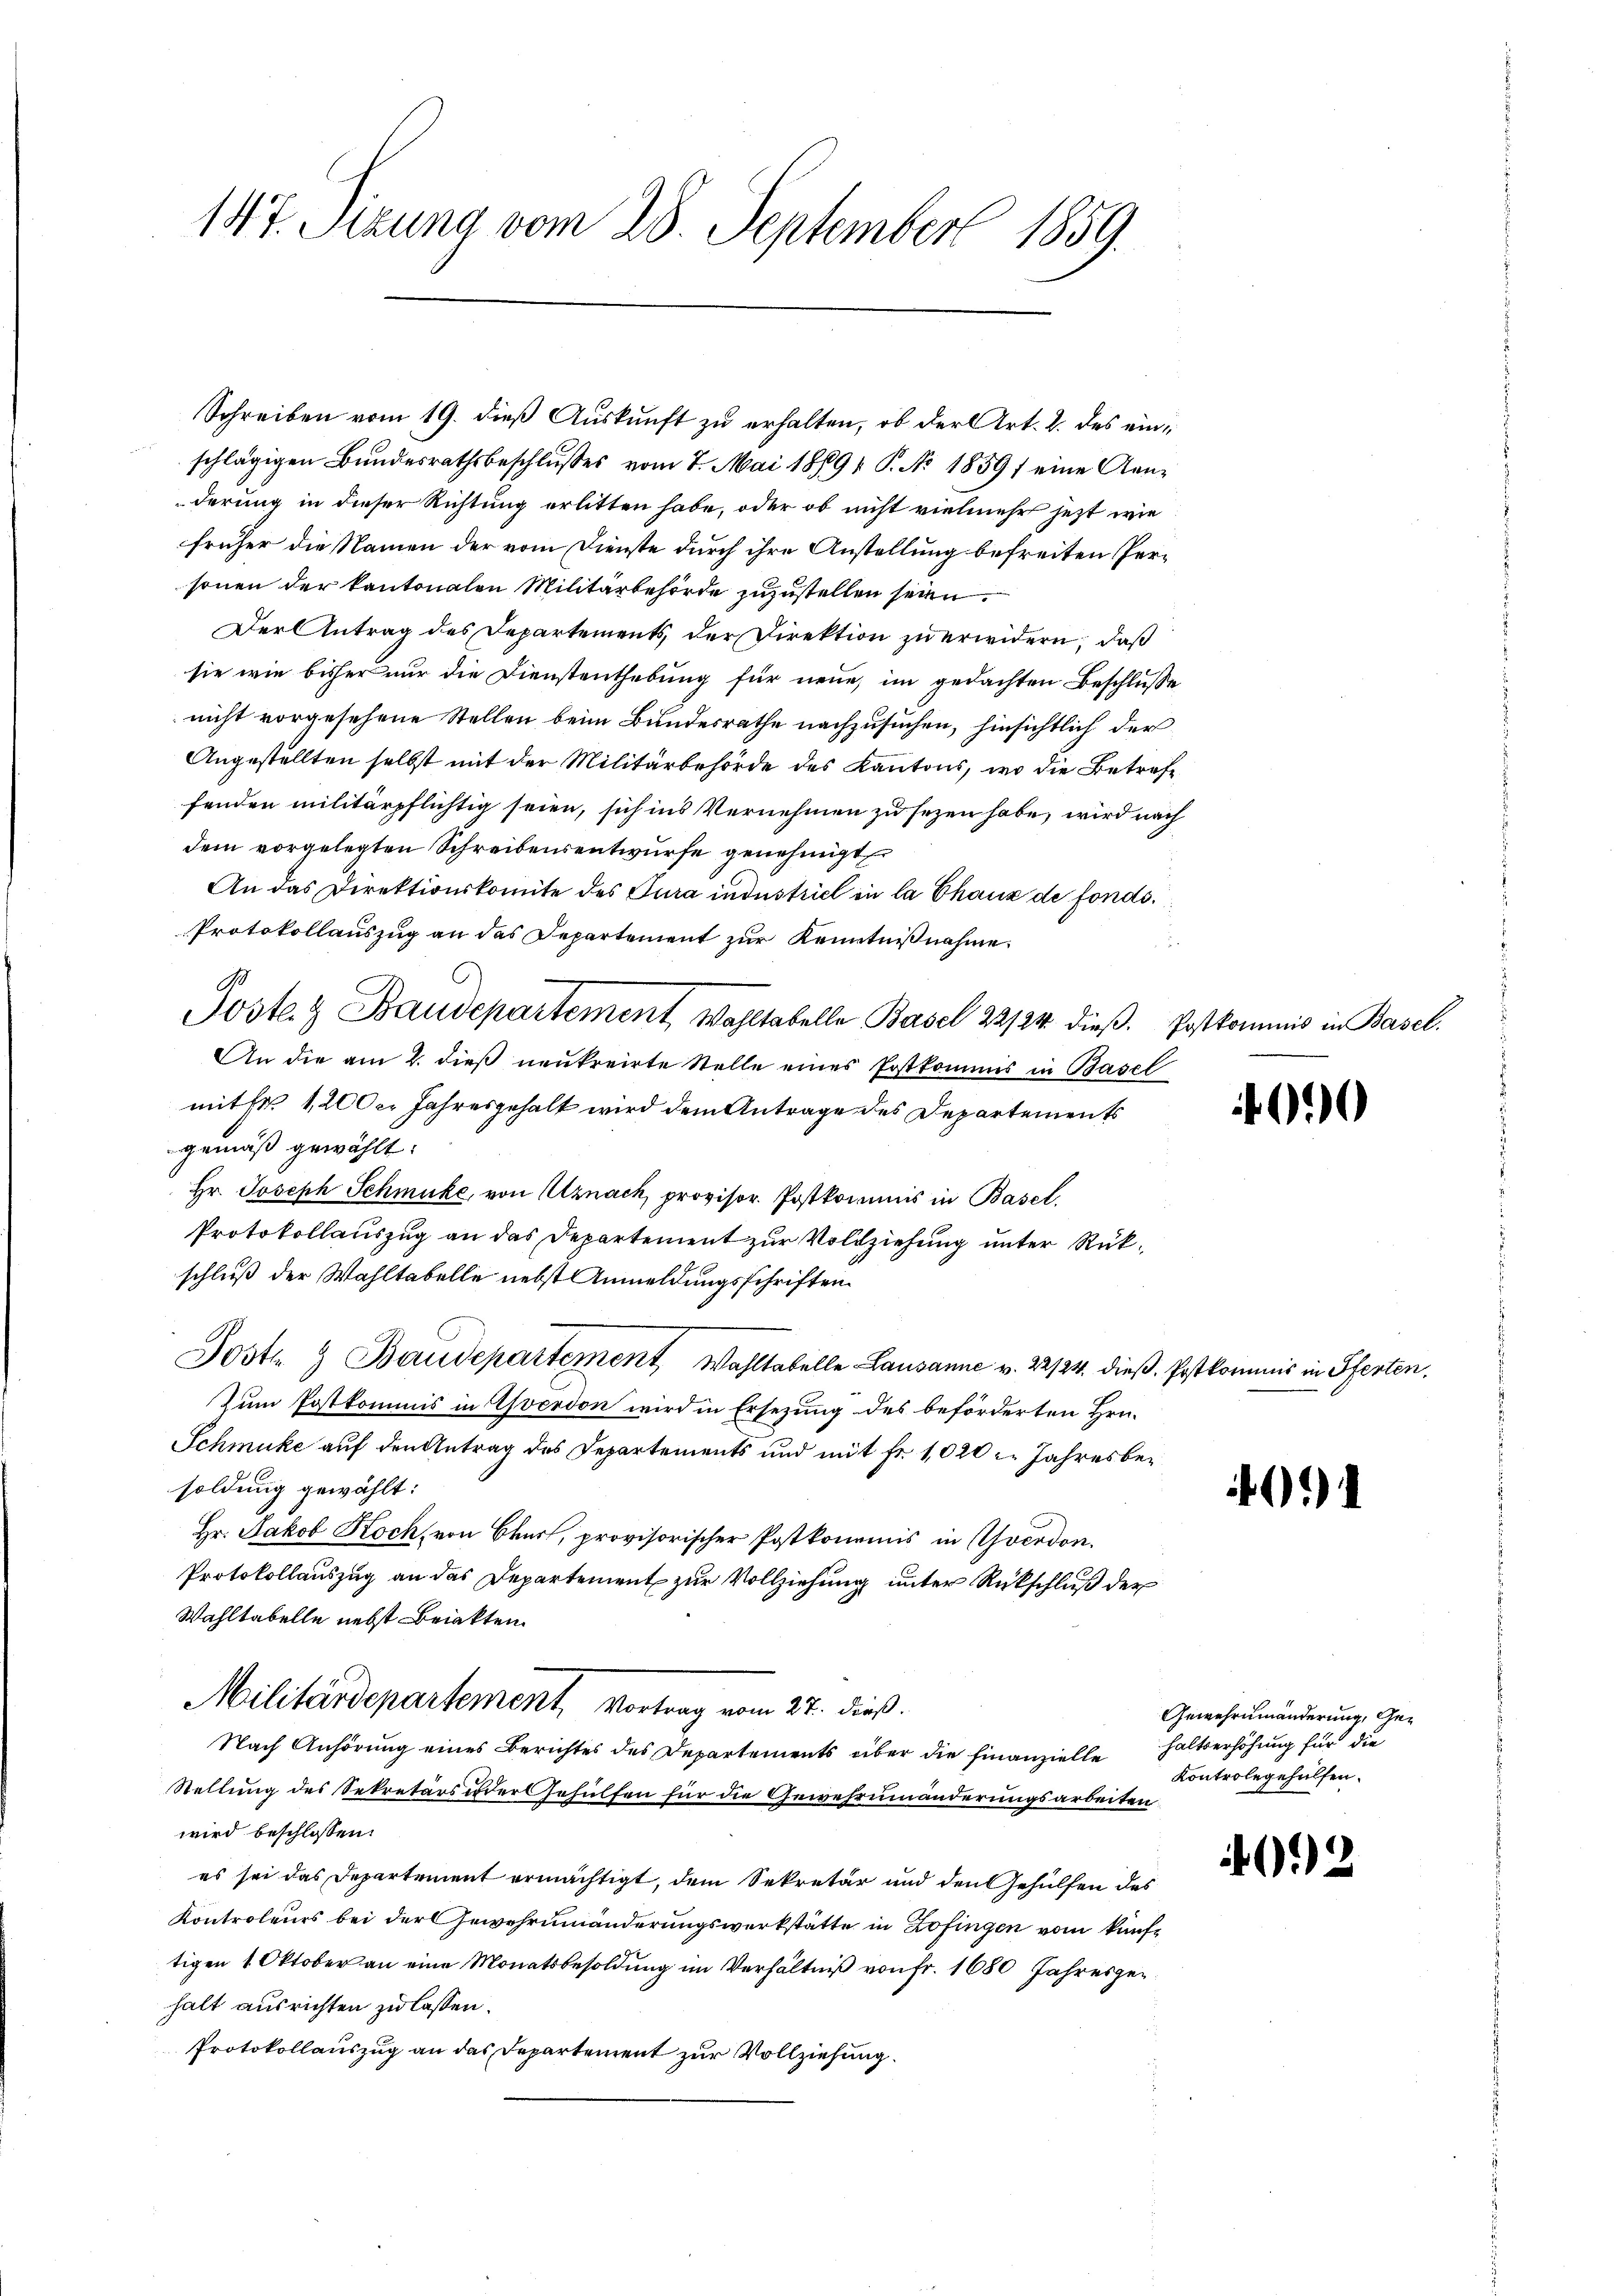
147. Sitzung vom 28. September 1859.

Schreiben vom 19. dieß Auskunft zu erhalten, ob der Art. 2. des eind
schlägigen Bundesrathsbeschlŭsses vom 7. Mai 1889/ P. Nr. 1859 eine Aen-
derung in dieser Richtung erlitten habe, oder ob nicht vielmehr jezt wie
früher die Namen der vom Dienste durch ihre Anstellung befreiten Personen der kantonalen Militärbehörde zuzustellen seien.
Der Antrag des Departements, der Direktion zu erwidern, daß
sie wie bisher nur die Dienstenthebung für neue, im gedachten Beschlusse
nicht vorgesehene Stellen beim Bundesrathe nachzusuchen, hinsichtlich der
Angestellten selbst mit der Militärbehörde des Kantons, wo die Betreffenden militärpflichtig seien, sich ins Vernehmen zu sezen habe, wird nach
dem vorgelegten Schreibensentwurfe genehmigt
An das Direktionskomite des Jura industriel in la Chaux de fonds¬
Protokollauszug an das Departement zur Kenntnißnahme.
Post & Baudepartement Wahltabelle Basel 22/24. dieβ. Postkommis in Basel.
An die am 2. dieß neukreirte Stelle eines Postkommis in Basel
mitfr. 1200 l. Jahresgehalt wird dem Antrage des Departements
gemäß gewählt:
Hr. Joseph Schmucke, von Uznach provisor. Postkommis in Basel.
Protokollauszug an das Departement zur Vollziehung unter Rükschluß der Wahltabelle nebst Anmeldungsschriften
Jost & Baudepartement Wahltabelle Lausanne v. 22/24. dieß. Postkommis in Pferten.
Zum Postkommis in Yverdon wird in Ersezung des beförderten Hrn.
Schmucke auf den Antrag des Departements und mit Fr. 1020. Jahresbesoldung gewählt:
Hr. Jakob Koch, von Chur, provisorischer Postkonomis in Yverdon.
Protokollauszug an das Departement zur Vollziehung unter Rückschluß der
Wahltabelle nebst Beiakten.
Militärdepartement, Vortrag vom 27. dieß.
Nach Anhörung eines Berichtes des Departements über die Finanzielle haltserhöhung für die
Stellung des Sekretärs oder Gehülfen für die Gewehrumänderungsarbeiten
wird beschlossen:
es sei das Departement ermächtigt, dem Sekretär und den Gehülfen des
Kontroleurs bei der Gewehrumänderungswerkstätte in Zofingen vom künftigen 1. Oktober an eine Monatsbesoldung im Verhältniß von Fr. 1680 Jahresgehalt ausrichten zu lassen.
Protokollauszug an das Departement zur Vollziehung.

.

00

)

Gewehrnmänderung, Ge¬
Kontrolegehülfen.

92